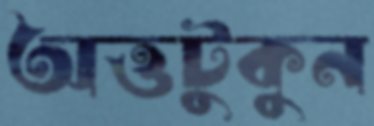
অত্তটুকুন